Annual report of the Punjab Veterinary College and of the Civil Veterinary Department, Punjab - 1894-1908
Year: 1894
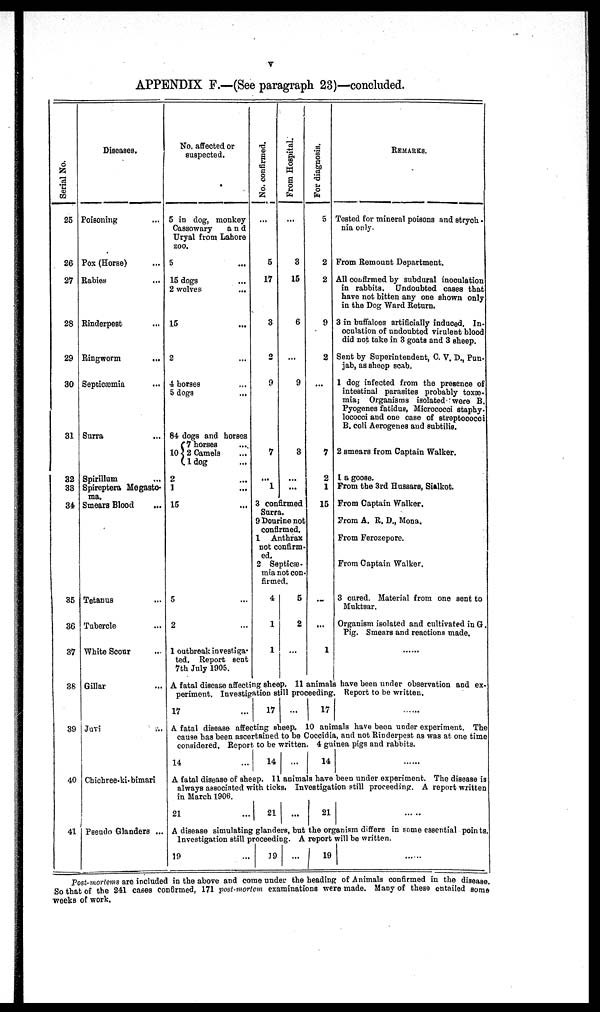
v
APPENDIX F.—(See paragraph 23)—concluded.
Serial No.
25
26
27
28
29
30
31
32
33
34
35
36
37
38
39
40
41
Diseases.
Poisoning ...
Pox (Horse) ...
Rabies ...
Rinderpest ...
Ringworm ...
Septicæmia ...
Surra ...
Spirillum
Spireptera Megasto-
ma.
Smears Blood ...
Tetanus ...
Tubercle ...
White Scour ...
Gillar ...
Juvi ...
Chichree-ki- bimari
Pseudo Glanders ...
No. affected or
suspected.
5 in dog, monkey
Cassowary
and
Uryal from Lahore
zoo.
5 ...
15 dogs ...
2 wolves ...
15 ...
2 ...
4 horses ...
5 dogs ...
84 dogs and horses
7 horses ...
10{ 2 Camels ...
1dog ...
2 ...
1 ...
15 ...
5 ...
2 ...
1 outbreak investiga-
ted. Report sent
7th July 1905.
No. confirmed.
...
5
17
3
2
9
7
...
1
From Hospital.
...
3
15
6
...
9
3
...
...
3 confirmed
Surra.
9 Dourine not
confirmed.
1
Anthrax
not confirm-
ed.
2 Septicæ.-
mia not con.
firmed.
4
1
1
5
2
...
For diagnosis.
5
2
2
9
2
...
7
2
1
15
...
...
1
REMARKS.
Tested for mineral poisons and strych -
nia only.
From Remount Department.
All confirmed by subdural inoculation
in rabbits. Undoubted cases that
have not bitten any one shown only
in the Dog Ward Return.
3 in buffaloes artificially induced. In-
oculation of undoubted virulent blood
did not take in 3 goats and 3 sheep.
Sent by Superintendent, C. V. D., Pun-
jab, as sheep scab.
1 dog infected from the presence of
intestinal parasites probably toxæ.
mia; Organisms isolated were B.
Pyogenes fatidus, Micrococci staphy.
lococci and one case of streptococci
B. coli Aerogenes and subtilis.
2 smears from Captain Walker.
I a goose.
From the 3rd Hussars, Sialkot.
From Captain Walker.
From A. R. D., Mona.
From Ferozepore.
From Captain Walker.
3 cured. Material from one sent to
Muktsar.
Organism isolated and cultivated in G.
Pig. Smears and reactions made.
.....
A fatal disease affecting sheep. 11 animals have been under observation and ex-
periment. Investigation still proceeding. Report to be written.
17 ...
17
...
17
A fatal disease affecting sheep. 10 animals have been under experiment. The
cause has been ascertained to be Coccidia, and not Rinderpest as was at one time
considered. Report to be written. 4 guinea pigs and rabbits.
14 ...
14
...
14 .....
A fatal disease of sheep. 11 animals have been under experiment. The disease is
always associated with ticks. Investigation still proceeding. A report written
in March 1906.
21 ...
21 ...
21
A disease simulating glanders, but the organism differs in some essential points.
Investigation still proceeding. A report will be written.
19 ...
19
... 19
Post-mortems are included in the above and come under the heading of Animals confirmed in the disease.
So that of the 241 cases confirmed, 171 post mortem examinations were made. Many of these entailed some
-weeks of work.